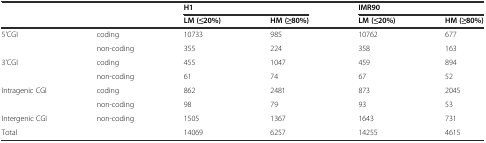
| <ROWSPAN=2-COLSPAN=2>  | <COLSPAN=2> H1 | <COLSPAN=2> IMR90 |
 | LM (≤20%) | HM (≥80%) | LM (≤20%) | HM (≥80%) |
 | --- | --- | --- | --- | --- | --- |
 | <ROWSPAN=2> 5'CGI | coding | 10733 | 985 | 10762 | 677 |
 | non-coding | 355 | 224 | 358 | 163 |
 | <ROWSPAN=2> 3'CGI | coding | 455 | 1047 | 459 | 894 |
 | non-coding | 61 | 74 | 67 | 52 |
 | <ROWSPAN=2> Intragenic CGI | coding | 862 | 2481 | 873 | 2045 |
 | non-coding | 98 | 79 | 93 | 53 |
 | Intergenic CGI | non-coding | 1505 | 1367 | 1643 | 731 |
 | <COLSPAN=2> Total | 14069 | 6257 | 14255 | 4615 |